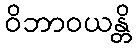
ဝိဘာဝယန္တိ